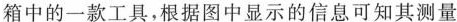
箱中的一款工具，根据图中显示的信息可知其测量